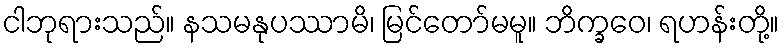
ငါဘုရားသည်။ နသမနုပဿာမိ၊ မြင်တော်မမူ။ ဘိက္ခဝေ၊ ရဟန်းတို့။